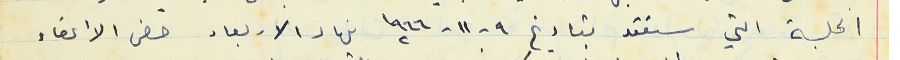
الجلسة التي ستعقد بتاريخ ١٩ - ١١- ١٩٦٦ نهار الاربعاء حضر الأعضاء